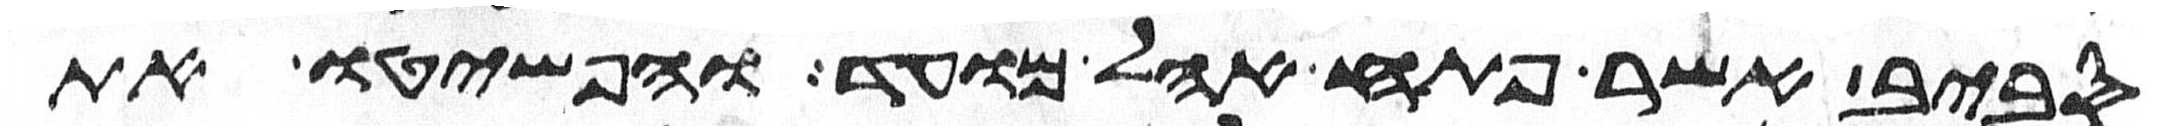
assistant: סביב אשר פתח אהל מועד והפשיטו את